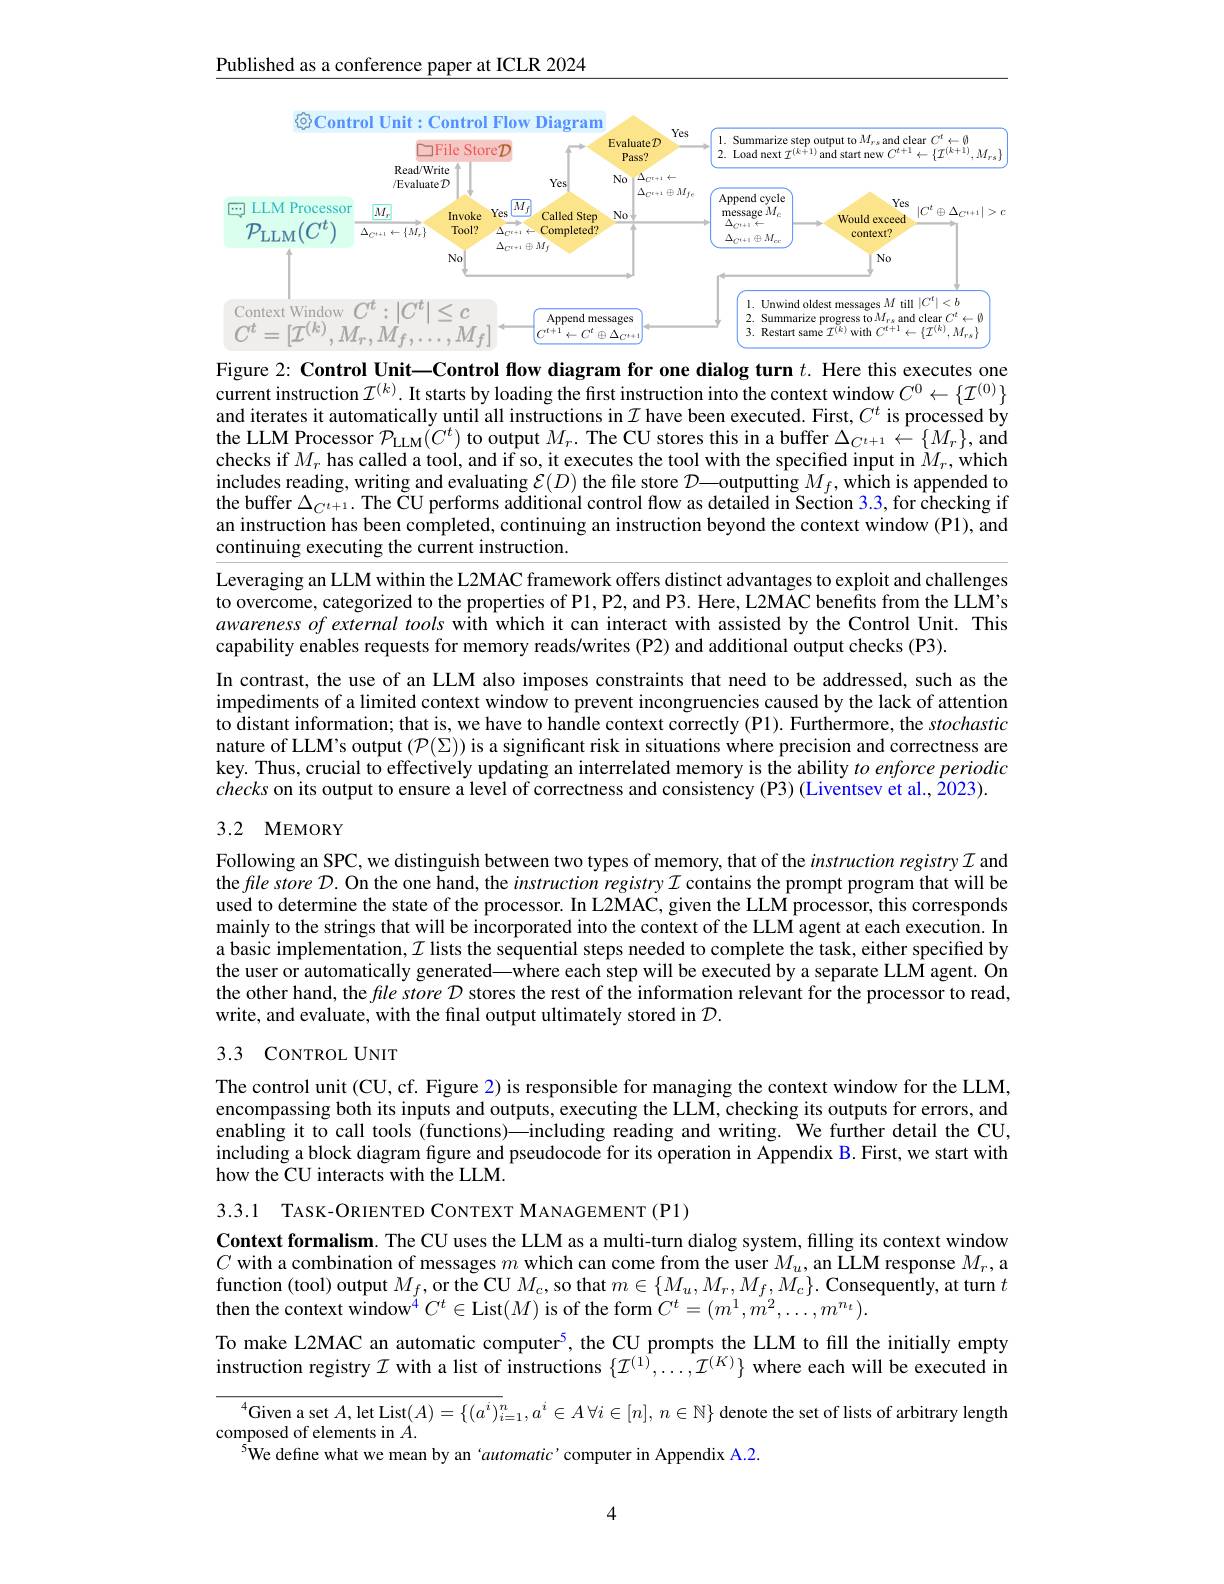
Published as a conference paper at ICLR 2024

<FigureHere>

Figure 2: Control Unit—Control flow diagram for one dialog turn $t.$ Here this executes one current instruction $\mathcal{I}^{(k)}.$ It starts by loading the first instruction into the context window $C^0\leftarrow\{\mathcal{I}^{(0)}\}$ and iterates it automatically until all instructions in $I$ have been executed. First, $C^t$ is processed by the LLM Processor $\mathcal{P}_\mathrm{LLM}(C^{t})$ to output $M_{r}.$ The CU stores this in a buffer $\Delta_C^{t+1}\leftarrow\{M_{r}\}$, and checks if $M_r$ has called a tool, and if so, it executes the tool with the specified input in $M_r$, which includes reading, writing and evaluating $\mathcal{E}(D)$ the file store $\mathcal{D}—$outputting $M_f$,which is appended to the buffer $\Delta_{C^{t+1}.}$ The ČU performs additional control flow as detailed in Section 3.3, for checking if an instruction has been completed, continuing an instruction beyond the context window (P1), and continuing executing the current instruction.

Leveraging an LLM within the L2MAC framework offers distinct advantages to exploit and challenges to overcome, categorized to the properties of Pl, P2, and P3. Here, L2MAC benefits from the LLM's awareness of external tools with which it can interact with assisted by the Control Unit. This capability enables requests for memory reads/writes (P2) and additional output checks (P3).
In contrast, the use of an LLM also imposes constraints that need to be addressed, such as the impediments of a limited context window to prevent incongruencies caused by the lack of attention to distant information; that is, we have to handle context correctly (P1). Furthermore, the stochastic nature of LLM's output $(\mathcal{P}(\Sigma))$ is a significant risk in situations where precision and correctness are key. Thus, crucial to effectively updating an interrelated memory is the ability toenforceperiodic checks on its output to ensure a level of correctness and consistency (P3) (Liventsev et al., 2023).

## 3.2 MEMORY

Following an SPC, we distinguish between two types of memory, that of the instruction registry $\mathcal{I}$ and the file store $\mathcal{D}.$ On the one hand, the instruction registry $\mathcal{I}$ contains the prompt program that will be used to determine the state of the processor. In L2MAC, given the LLM processor, this corresponds mainly to the strings that will be incorporated into the context of the LLM agent at each execution. In a basic implementation, $\mathcal{I}$ lists the sequential steps needed to complete the task, either specified by the user or automatically generated—where each step will be executed by a separate LLM agent. On the other hand, the file store $\mathcal{D}$ stores the rest of the information relevant for the processor to read, write, and evaluate, with the final output ultimately stored in $\mathcal{D}.$

## 3.3 CONTROL UNIT

The control unit (CU, cf. Figure 2) is responsible for managing the context window for the LLM, encompassing both its inputs and outputs, executing the LLM, checking its outputs for errors, and enabling it to call tools (functions)—including reading and writing. We further detail the CU, including a block diagram figure and pseudocode for its operation in Appendix B. First, we start with how the CU interacts with the LLM.

3.3.1 TASK-ORIENTED CONTEXT MANAGEMENT (P1)

Context formalism. The CU uses the LLM as a multi-turn dialog system, filling its context window $C$ with a combination of messages $m$ which can come from the user $M_u$, an LLM response $M_r$, a function (tool) output $M_f$,or the CU $M_{\mathrm{c}}$,so that $m\in\{M_u,M_r,M_f,M_c\}.$ Consequently, at turn $t$ then the context window$^4C^t\in$List$(M)$ is of the form $C^t=(m^1,m^2,\ldots,m^{n_t}).$
To make L2MAC an automatic computer$^{5}$, the CU prompts the LLM to fill the initially empty instruction registry $\mathcal{I}$ with a list of instructions $\{\mathcal{I}^{(1)},\ldots,\hat{\mathcal{I}}^{(K)}\}$ where each will be executed in
$^{4}$Given a set $A$,let List$(A)=\left\{(a^{i})_{i=1}^{n},a^{i}\in A\forall i\in[n],n\in\mathbb{N}\right\}$denote the set of lists of arbitrary length
composed of elements in $A.$
$^{5}$We define what we mean by an 'automatic'computer in Appendix A.2.

4